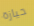
حيازة